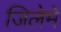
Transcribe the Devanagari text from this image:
जिलेमे